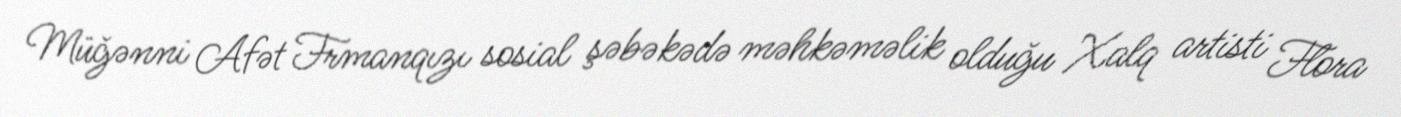
Müğənni Afət Frmanqızı sosial şəbəkədə məhkəməlik olduğu Xalq artisti Flora